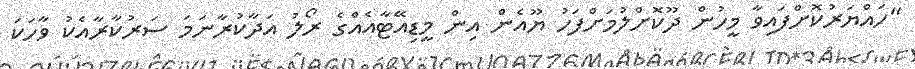
"ހައްޔަރުކޮށްފައިވާ މީހުން ދޫކޮށްލުމަށްފަހު ޔޫއެން އިން މީޑިއޭޓާއެއްގެ ރޯލު އަދާކުރާނަމަ ސަރުކާރާއެކު ވާހަކަ